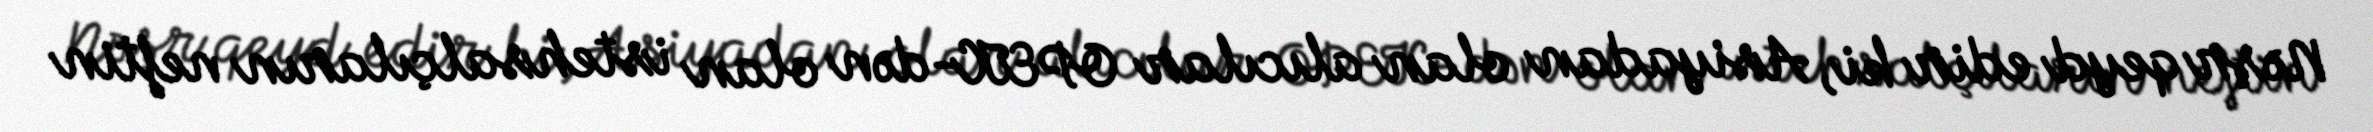
Nəşr qeyd edir ki, Asiyadan olan alıcılar OPEK-dən olan istehsalçıların neftin